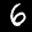
Label: 6